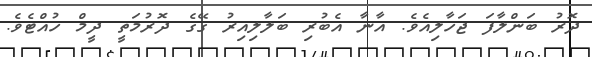
ދޮރު ބަންލާފަ ޖަހާލިއެވެ. އާނާ އެބުރި ބަލާލިއިރު ގޭގެ ދޮރުމަތީ ދީމް ހުއްޓެވެ.